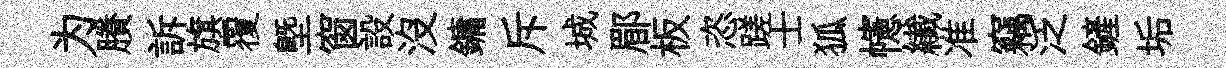
为賸訴旗覆塈窗設没鏞斥城郿板恣蹉士狐幰纎准竊泛鏟垢